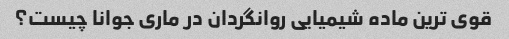
قوی ترین ماده شیمیایی روانگردان در ماری جوانا چیست؟